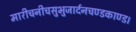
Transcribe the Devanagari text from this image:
मारीचनीचसुभुजार्दनचण्डकाण्ड।